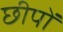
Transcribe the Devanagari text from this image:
छीपों